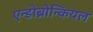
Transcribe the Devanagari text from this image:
एन्डोब्रोन्कियल